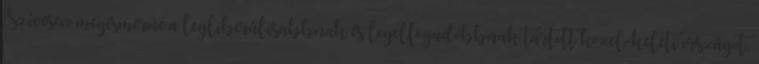
Szívesen megismerné a legliberálisabbnak és legelfogadóbbnak tartott közel-keleti országot,